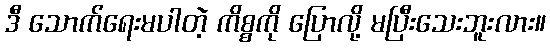
ဒီ သောက်ရေးမပါတဲ့ ကိစ္စကို ပြောလို့ မပြီးသေးဘူးလား။